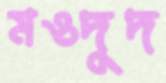
মওদুদ